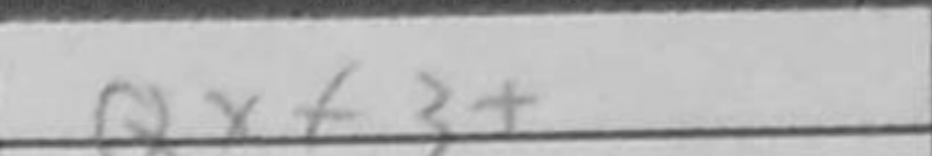
Transcription: Qxf3+